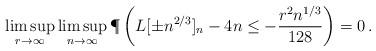
LaTeX: \begin{align*}\limsup_{r\to\infty}\limsup_{n\to\infty}\P\left(L[\pm n^{2/3}]_n-4n\leq -\frac{r^2n^{1/3}}{128}\right)=0\,.\end{align*}